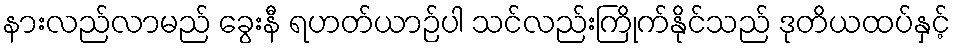
နားလည်လာမည် ခွေးနီ ရဟတ်ယာဉ်ပါ သင်လည်းကြိုက်နိုင်သည် ဒုတိယထပ်နှင့်